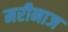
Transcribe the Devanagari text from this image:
मरीनाज